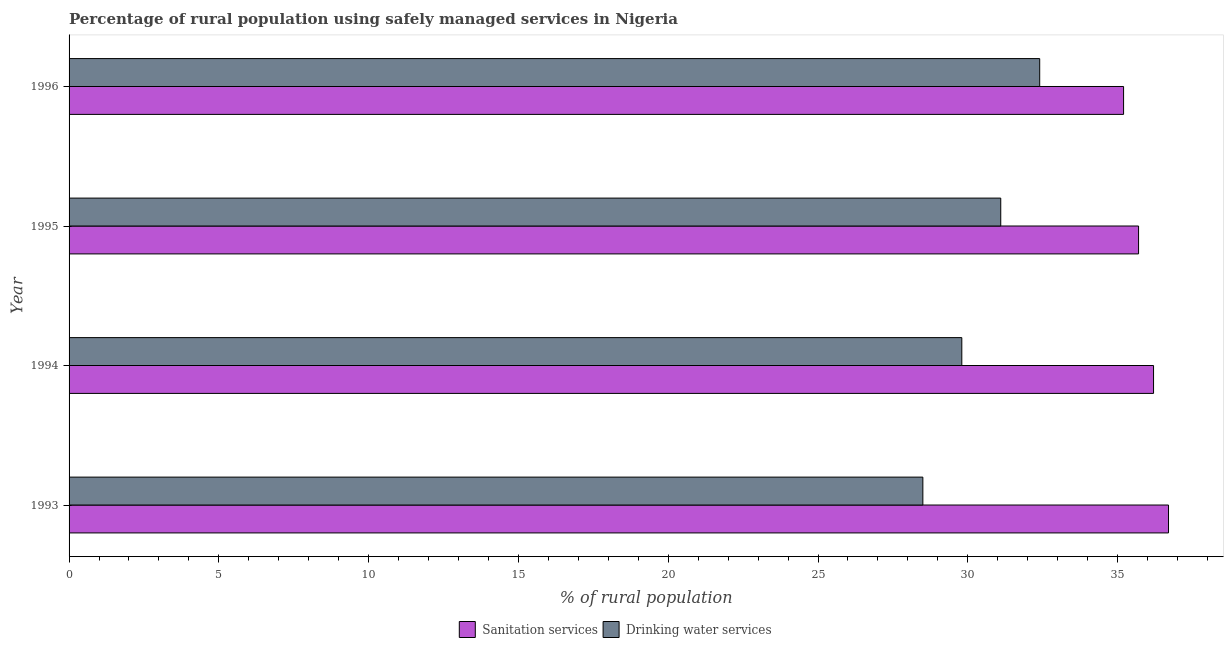
| Year | Sanitation services | Drinking water services |
 | --- | --- | --- |
 | 1993 | 36.7 | 28.5 |
 | 1994 | 36.2 | 29.8 |
 | 1995 | 35.7 | 31.1 |
 | 1996 | 35.2 | 32.4 |